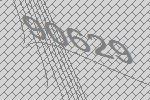
90629